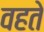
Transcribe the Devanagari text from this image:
वहते